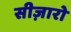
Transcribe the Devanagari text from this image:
सीज़ारो